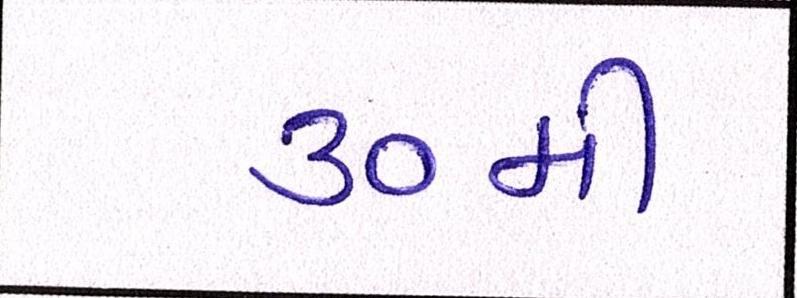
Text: ૩૦મી